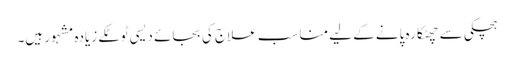
ہچکی سے چھٹکارہ پانے کے لیے مناسب علاج کی بجائے دیسی ٹوٹکے زیادہ مشہور ہیں۔